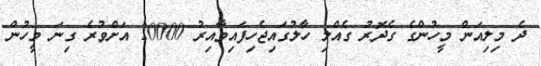
ދެ މިލިއަން މީހުންގެ ގެދޮރު ގެއްލި ހާލުގައިޖެހިފައިވާއިރު 20000 އަށްވުރެ ގިނަ މީހުން